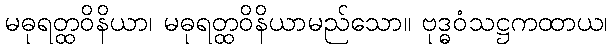
မဓုရတ္ထဝိနိယာ၊ မဓုရတ္ထဝိနိယာမည်သော။ ဗုဒ္ဓဝံသဋ္ဌကထာယ၊